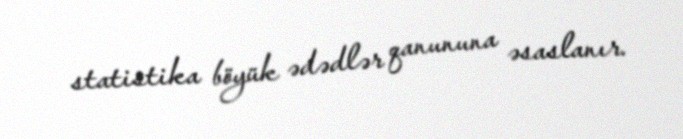
statistika böyük ədədlər qanununa əsaslanır.